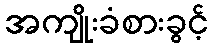
အကျိုးခံစားခွင့်